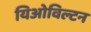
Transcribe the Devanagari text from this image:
यिओविल्टन